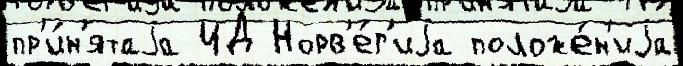
пр'и́н'ятаjа ИД Норв'е́г'иjа положе́н'иjа